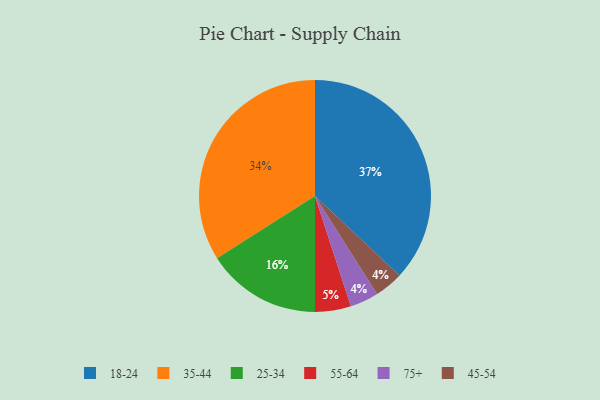
{"axis": {"x": "Category", "y": "Percentage"}, "legend": ["18-24", "25-34", "35-44", "45-54", "55-64", "75+"], "data": [{"x": "25-34", "y": 16, "type": "25-34"}, {"x": "18-24", "y": 37, "type": "18-24"}, {"x": "75+", "y": 4, "type": "75+"}, {"x": "45-54", "y": 4, "type": "45-54"}, {"x": "35-44", "y": 34, "type": "35-44"}, {"x": "55-64", "y": 5, "type": "55-64"}]}